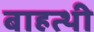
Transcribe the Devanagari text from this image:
बाहत्थी